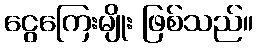
ငွေကြေးမျိုး ဖြစ်သည်။